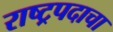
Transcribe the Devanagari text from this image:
राष्ट्रपदाचा